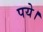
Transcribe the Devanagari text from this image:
पये।